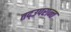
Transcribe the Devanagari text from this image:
तद्उपरान्त